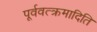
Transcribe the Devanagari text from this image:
पूर्ववत्क्रमादिति